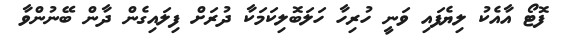
ފޮޓޯ އާއެކު ލިޔެފައި ވަނީ ހުރިހާ ހަލަބޮލިކަމަކާ ދުރަށް ފިލައިގެން ދާން ބޭނުންވާ